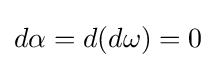
d\alpha =d(d\omega )=0